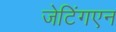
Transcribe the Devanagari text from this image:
जेटिंगएन